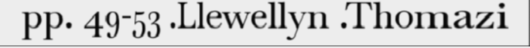
pp. 49-53 .Llewellyn .Thomazi